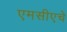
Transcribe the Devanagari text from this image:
एमसीएचे